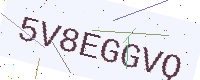
Text: 5V8EGGVQ